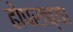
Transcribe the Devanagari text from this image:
ढोपराच्या